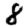
Digit: 8